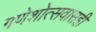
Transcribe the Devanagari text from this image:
गणेशोत्सवासही